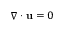
\nabla \cdot { \bf u } = 0